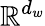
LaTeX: \mathbb{R}^{d_{w}}